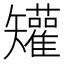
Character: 𥐓